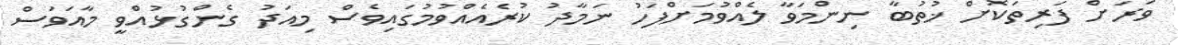
ވަރަށް ފަރިތަކޮށް ޚުތުބާ ނިންމަވާ ލެއްވުމަށްފަހު ނަމާދު ކުރެއެއްވުމުގައިވެސް މިއަދު ގެންގުޅުއްވީ މާއަވަސް